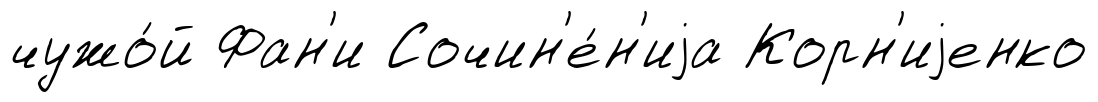
чужо́й Фан'и Сочин'е́н'иjа Корн'иjенко